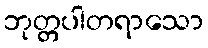
ဘုတ္တပါတရာသော